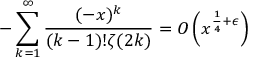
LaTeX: - \sum _ { k = 1 } ^ { \infty } { \frac { ( - x ) ^ { k } } { ( k - 1 ) ! \zeta ( 2 k ) } } = O \left( x ^ { { \frac { 1 } { 4 } } + \epsilon } \right)